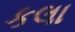
કલા